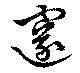
邃